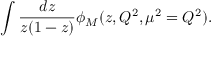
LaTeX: \int \frac { d z } { z ( 1 - z ) } \phi _ { M } ( z , Q ^ { 2 } , \mu ^ { 2 } = Q ^ { 2 } ) .